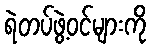
ရဲတပ်ဖွဲ့ဝင်များကို